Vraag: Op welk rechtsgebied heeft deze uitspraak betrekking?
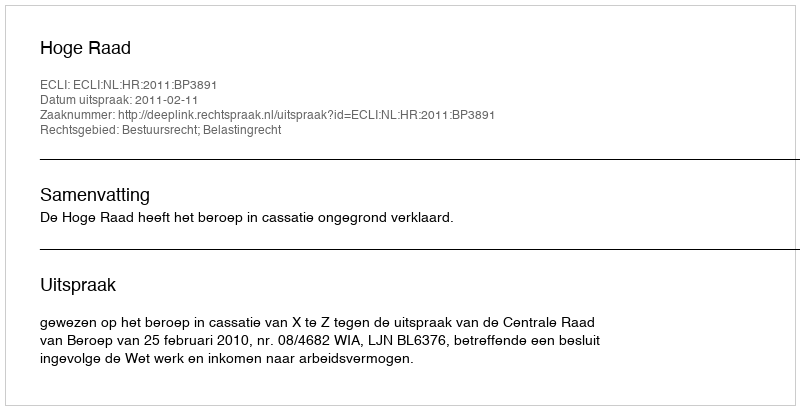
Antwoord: Bestuursrecht; Belastingrecht